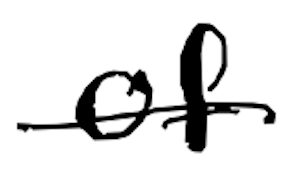
Text: of
Cross-out: single-line
Writing tool: digital_black